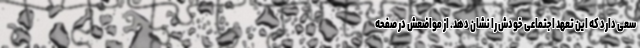
سعی دارد که این تعهد اجتماعی خودش را نشان دهد. از مواضعش در صفحه